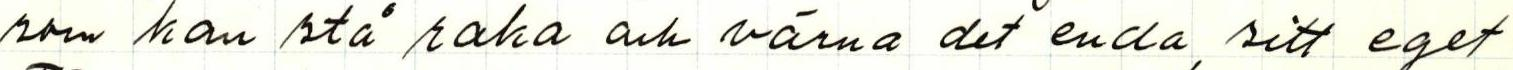
som kan stå raka och värna det enda, sitt eget